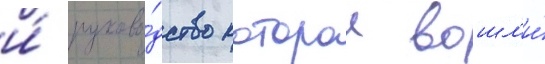
и́ руково́дство которои вошл'и́